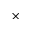
\mathbf { \times }